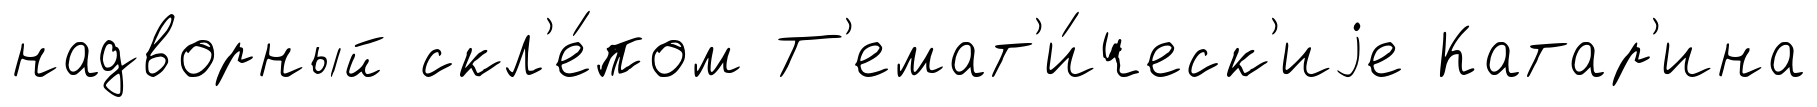
надворный скл'е́пом Т'емат'и́ческ'иjе Катар'ина